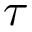
\tau